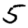
Digit: 5